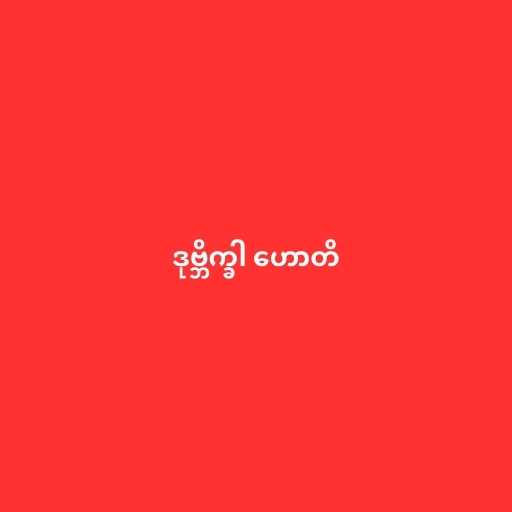
ဒုဗ္ဘိက္ခါ ဟောတိ